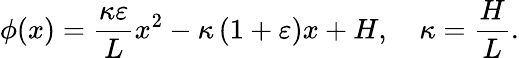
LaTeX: \phi(x)=\frac{\kappa\varepsilon}{L}x^{2}-\kappa\left({1+\varepsilon}\right)x+H,\quad\kappa=\frac{H}{L}.